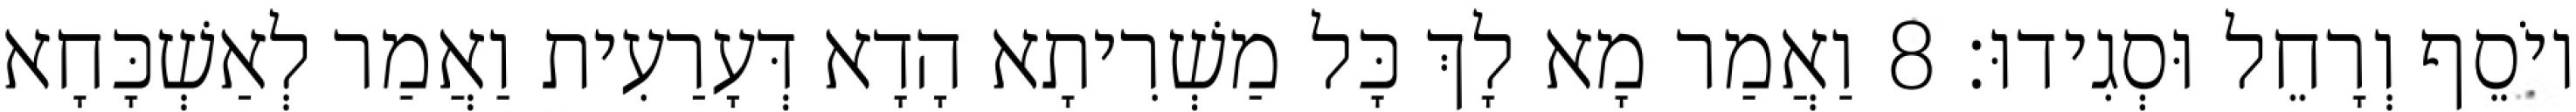
יוֹסֵף וְרָחֵל וּסְגִידוּ׃ 8 וַאֲמַר מָא לָךְ כָּל מַשְׁרִיתָא הָדָא דְּעָרַעִית וַאֲמַר לְאַשְׁכָּחָא